Annual administration report of the Civil Veterinary Department of India - 1903-1904
Year: 1903
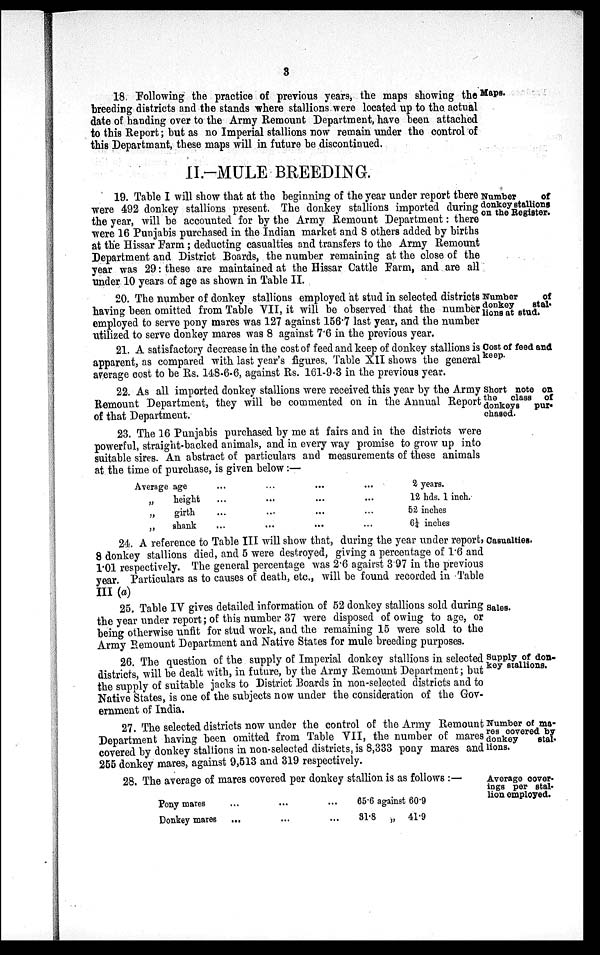
3
Maps.
18 Following the practice of previous years, the maps showing the
breeding districts and the stands where stallions were located up to the actual
date of handing over to the Army Remount Department, have been attached
to this Report; but as no Imperial stallions now remain under the control of
this Departmant, these maps will in future be discontinued.
II.-MULE BREEDING.
Number
of
donkey stallions
on the Register.
19. Table I will show that at the beginning of the year under report there
were 492 donkey stallions present. The donkey stallions imported during
the year, will be accounted for by the Army Remount Department: there
were 16 Punjabis purchased in the Indian market and 8 others added by births
at the Hissar Farm; deducting casualties and transfers to the Army Remount
Department and District Boards, the number remaining at the close of the
year was 29: these are maintained at the Hissar Cattle Farm, and are all
under 10 years of age as shown in Table II.
Number
of
donkey
stal-
lions at stud.
20. The number of donkey stallions employed at stud in selected districts
having been omitted from Table VII, it will be observed that the number
employed to serve pony mares was 127 against 156.7 last year, and the number
utilized to serve donkey mares was 8 against 7.6 in the previous year.
Cost of feed and
keep.
21. A satisfactory decrease in the cost of feed and keep of donkey stallions is
apparent, as compared with last year's figures. Table XII shows the general
average cost to be Rs. 148-6-6, against Rs. 161-9-3 in the previous year.
Short note on
the class of
donkeys
pur-
chased.
22. As all imported donkey stallions were received this year by the Army
Remount Department, they will be commented on in the Annual Report
of that Department.
23. The 16 Punjabis purchased by me at fairs and in the districts were
powerful, straight-backed animals, and in every way promise to grow up into
suitable sires. An abstract of particulars and measurements of these animals
at the time of purchase, is given below:—
Average age ... ... ... ...
„
height ... ... ... ...
„
girth ... ... ... ...
„
shank ... ... ... ...
2 years.
12 hds. 1 inch.
52 inches
6¼ inches
Casualties.
24. A reference to Table III will show that, during the year under report,
8 donkey stallions died, and 5 were destroyed, giving a percentage of 1.6 and
1.01 respectively. The general percentage was 2.6 against 3.97 in the previous
year. Particulars as to causes of death, etc., will be found recorded in Table
III (a)
Sales.
25. Table IV gives detailed information of 52 donkey stallions sold during
the year under report; of this number 37 were disposed of owing to age, or
being otherwise unfit for stud work, and the remaining 15 were sold to the
Army Remount Department and. Native States for mule breeding purposes.
Supply of don-
key stallions.
26. The question of the supply of Imperial donkey stallions in selected
districts, will be dealt with, in future, by the Army Remount Department; but
the supply of suitable jacks to District Boards in non-selected districts and to
Native States, is one of the subjects now under the consideration of the Gov-
ernment of India.
Number of ma-
res covered by
donkey
stal-
lions.
27. The selected districts now under the control of the Army Remount
Department having been omitted from Table VII, the number of mares
covered by donkey stallions in non-selected districts, is 8,333 pony mares and
255 donkey mares, against 9,513 and 319 respectively.
Average cover-
ings per stal-
lion employed.
28. The average of mares covered per donkey stallion is as follows:—
Pony mares ... ... ...
Donkey mares ... ... ...
65.6 against
31.8
„
60.9
41.9